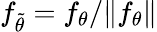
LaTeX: f_{\tilde{\theta}}=f_{\theta}/\| f_{\theta}\|